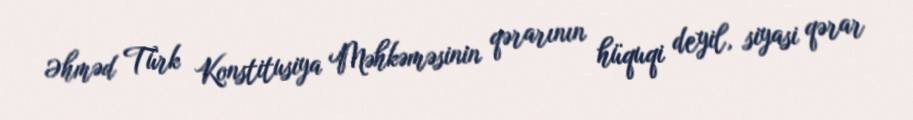
Əhməd Türk Konstitusiya Məhkəməsinin qərarının hüquqi deyil, siyasi qərar